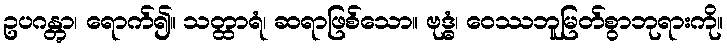
ဥပဂန္တွာ၊ ရောက်၍။ သတ္ထာရံ၊ ဆရာဖြစ်သော။ ဗုဒ္ဓံ၊ ဝေဿဘူမြတ်စွာဘုရားကို။